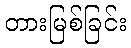
တားမြစ်ခြင်း